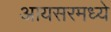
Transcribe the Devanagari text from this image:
आयसरमध्ये